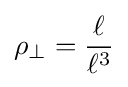
\rho _{\perp }={\frac {\ell }{\ell ^{3}}}